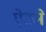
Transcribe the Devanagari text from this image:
ऐठने